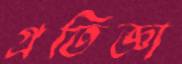
প্রতিজ্ঞা